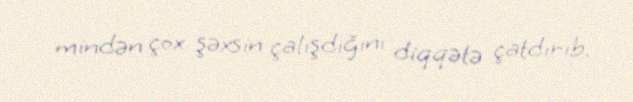
mindən çox şəxsin çalışdığını diqqətə çatdırıb.